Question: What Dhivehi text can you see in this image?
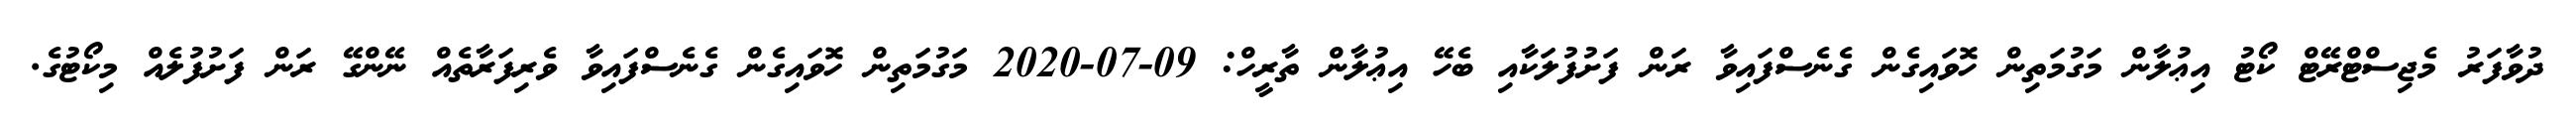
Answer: ދުވާފަރު މެޖިސްޓްރޭޓް ކޯޓު އިޢުލާން މަގުމަތިން ހޮވައިގެން ގެނެސްފައިވާ ރަން ފަށުފުލަކާއި ބެހޭ އިޢުލާން ތާރީހް: 09-07-2020 މަގުމަތިން ހޮވައިގެން ގެނެސްފައިވާ ވެރިފަރާތެއް ނޭންގޭ ރަން ފަށުފުލެއް މިކޯޓުގެ.